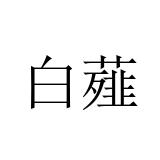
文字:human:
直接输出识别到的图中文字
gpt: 白薤